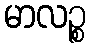
မာလဉ္စ